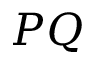
P Q